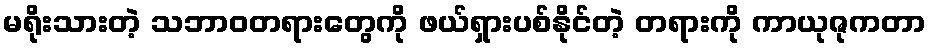
မရိုးသားတဲ့ သဘာဝတရားတွေကို ဖယ်ရှားပစ်နိုင်တဲ့ တရားကို ကာယုဇုကတာ